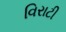
વિરાટી